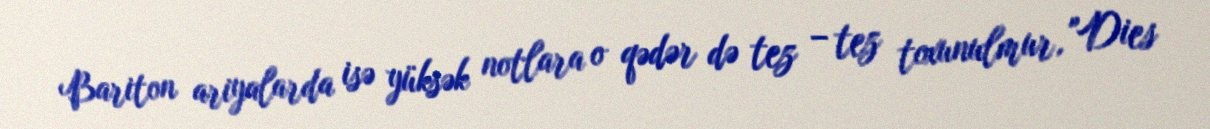
Bariton ariyalarda isə yüksək notlara o qədər də tez – tez toxunulmur, "Dies